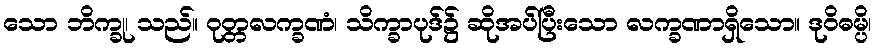
သော ဘိက္ခု၊ သည်။ ဝုတ္တလက္ခဏံ၊ သိက္ခာပုဒ်၌ ဆိုအပ်ပြီးသော လက္ခဏာရှိသော။ ဒုဝိဓမ္ပိ၊